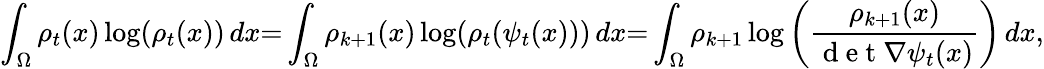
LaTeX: \int_{\Omega}\rho_{t}(x)\log(\rho_{t}(x))\, dx{=}\int_{\Omega}\rho_{k+1}(x)\log(\rho_{t}(\psi_{t}(x)))\, dx{=}\int_{\Omega}\rho_{k+1}\log\left(\frac{\rho_{k+1}(x)}{\mathrm{~d~e~t~}\nabla\psi_{t}(x)}\right)\, dx,